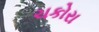
ચકોરા